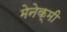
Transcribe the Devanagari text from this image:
मेनेक्मी